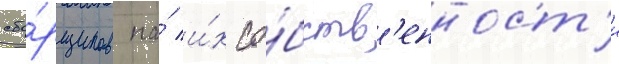
сбо́рщиков на́ и́х со́бств'енност'и